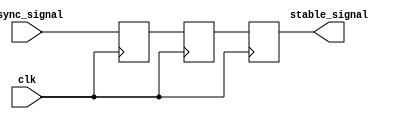
module meta_stability_filter #(
    parameter WIDTH = 1,          // Width of the input signal
    parameter CLK_FREQ = 100e6    // Clock frequency (for simulation purposes)
)(
    input wire clk,               // Synchronous clock input
    input wire async_signal,      // Asynchronous input signal
    output reg [WIDTH-1:0] stable_signal // Stabilized output signal
);

// Internal signals for the dual-stage synchronizer
reg [WIDTH-1:0] sync_ff1;       // First flip-flop
reg [WIDTH-1:0] sync_ff2;       // Second flip-flop

// Dual-stage synchronizer
always @(posedge clk) begin
    sync_ff1 <= async_signal;    // Sample async_signal on the rising edge of clk
    sync_ff2 <= sync_ff1;        // Sample sync_ff1 on the next rising edge
end

// Output the stabilized signal
always @(posedge clk) begin
    stable_signal <= sync_ff2;    // Output the value of the second flip-flop
end

endmodule